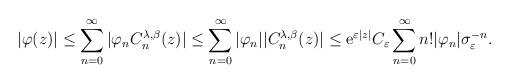
LaTeX: \begin{align*}|\varphi(z)|\leq\sum_{n=0}^{\infty}|\varphi_{n}C_{n}^{\lambda,\beta}(z)| & \leq\sum_{n=0}^{\infty}|\varphi_{n}||C_{n}^{\lambda,\beta}(z)|\leq\mathrm{e}^{\varepsilon|z|}C_{\varepsilon}\sum_{n=0}^{\infty}n!|\varphi_{n}|\sigma_{\varepsilon}^{-n}.\end{align*}